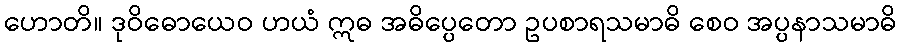
ဟောတိ။ ဒုဝိဓောယေဝ ဟယံ ဣဓ အဓိပ္ပေတော ဥပစာရသမာဓိ စေဝ အပ္ပနာသမာဓိ